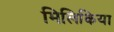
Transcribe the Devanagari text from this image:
मिलिकिया